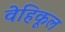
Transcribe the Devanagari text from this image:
वेहिकूल